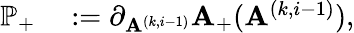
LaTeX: \begin{array}{rl}{\mathbb{P}_{+}}&{{}:=\partial_{\mathbf{A}^{(k,i-1)}}\mathbf{A}_{+}(\mathbf{A}^{(k,i-1)}),}\end{array}